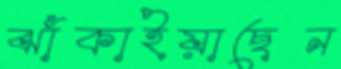
ঝাঁকাইয়াছেন